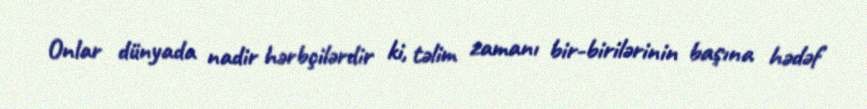
Onlar dünyada nadir hərbçilərdir ki, təlim zamanı bir-birilərinin başına hədəf